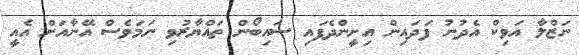
ނަޒްލާ އަވިކް އެދުނު ފަދައިން އިށީންދެފައި ސައިބޯން ތައްޔާރުވި ނަމަވެސް އޭނާއަށް އެއީ